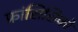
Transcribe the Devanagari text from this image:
फ्रांसिसिको